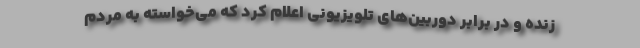
زنده و در برابر دوربین‌های تلویزیونی اعلام کرد که می‌خواسته به مردم